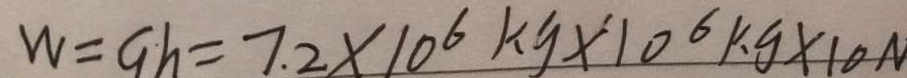
W = G h = 7 . 2 \times 1 0 ^ { 6 } k g \times 1 0 ^ { 6 } k g \times 1 0 N